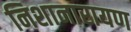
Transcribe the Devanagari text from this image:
निशानारायण